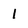
Character: l